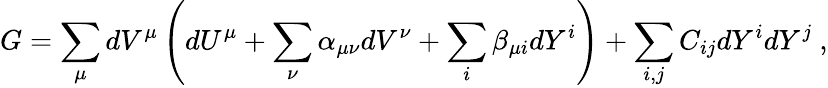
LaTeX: G=\sum_{\mu}dV^{\mu}\left(dU^{\mu}+\sum_{\nu}\alpha_{\mu\nu}dV^{\nu}+\sum_{i}\beta_{\mu i}dY^{i}\right)+\sum_{i,j}C_{ij}dY^{i}dY^{j}~,